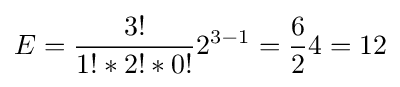
E={\frac {3!}{1!*2!*0!}}2^{3-1}={\frac {6}{2}}4=12